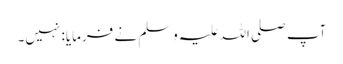
آپ صلی اللہ علیہ وسلم نے فرمایا: نہیں۔